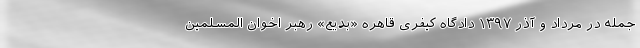
جمله در مرداد و آذر ۱۳۹۷ دادگاه کیفری قاهره «بدیع» رهبر اخوان المسلمین